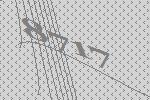
8717